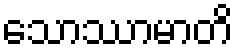
သောဿာမာတိ